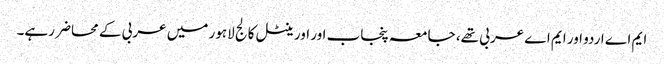
ایم اے اردو اور ایم اے عربی تھے، جامعہ پنجاب اور اورینٹل کالج لاہور میں عربی کے محاضر رہے۔